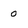
Character: 0